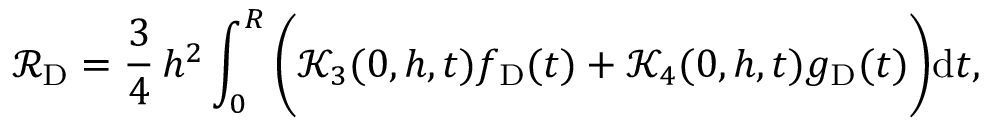
\mathcal { R } _ { \mathrm { D } } = \frac { 3 } { 4 } \, h ^ { 2 } \int _ { 0 } ^ { R } \bigg ( \mathcal { K } _ { 3 } ( 0 , h , t ) f _ { \mathrm { D } } ( t ) + \mathcal { K } _ { 4 } ( 0 , h , t ) g _ { \mathrm { D } } ( t ) \bigg ) \mathrm { d } t ,